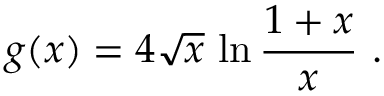
g ( x ) = 4 \sqrt { x } \, \ln { \frac { 1 + x } { x } } \ .